Lunatic asylums in Bengal annual reports 1888-1898 - 1888-1898
Year: 1888
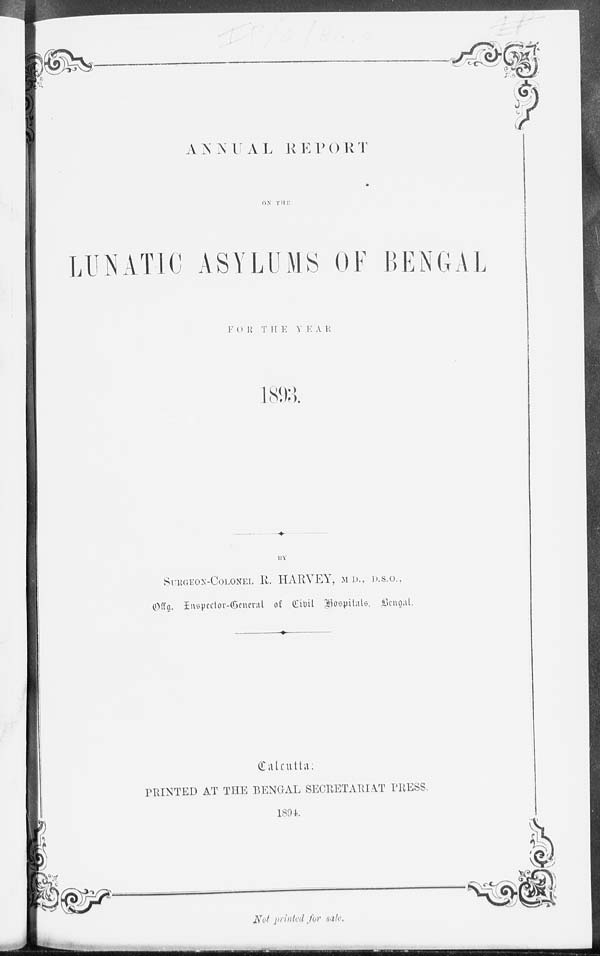
ANNUAL REPORT
ON THE
LUNATIC ASYLUMS OF BENGAL
FOR THE YEAR
1893.
BY
SURGEON-COLONEL R. HARVEY, M.D., D.S.O.,
Offg. Inspector-General of Civil Hospitals, Bengal.
Calcutta:
PRINTED AT THE BENGAL SECRETARIAT PRESS.
1894.
Not printed for sale.